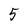
Character: 5